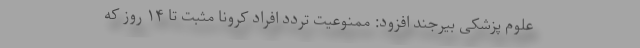
علوم پزشکی بیرجند افزود: ممنوعیت تردد افراد کرونا مثبت تا ۱۴ روز که